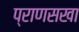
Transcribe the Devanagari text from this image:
प्राणसखा